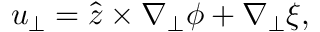
\boldsymbol { u } _ { \perp } = \hat { \boldsymbol { z } } \times \nabla _ { \perp } \phi + \nabla _ { \perp } \xi ,